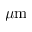
\mu \mathrm { m }